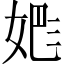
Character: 𡝕